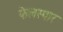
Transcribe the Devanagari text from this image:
फेलस्पार